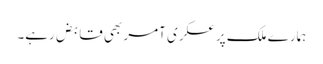
ہمارے ملک پر عسکری آمر بھی قابض رہے۔